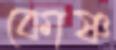
কোষ্ণ